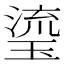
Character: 瑬